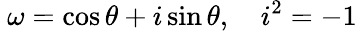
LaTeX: \ \omega=\cos\theta+i\sin\theta,\quad i^{2}=-1